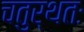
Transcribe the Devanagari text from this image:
चतुर्थतः